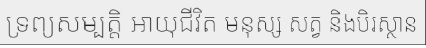
ទ្រព្យសម្បត្តិ អាយុជីវិត មនុស្ស សត្វ និងបិរស្ថាន